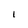
Character: l